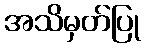
အသိမှတ်ပြု